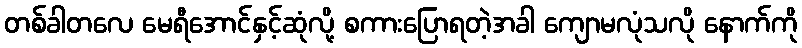
တစ်ခါတလေ မေရီအောင်နှင့်ဆုံလို့ စကားပြောရတဲ့အခါ ကျောမလုံသလို နောက်ကို